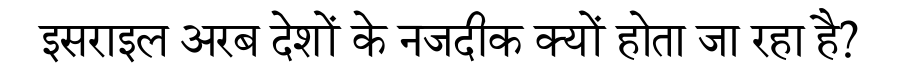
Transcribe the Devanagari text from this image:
इसराइल अरब देशों के नजदीक क्यों होता जा रहा है?